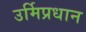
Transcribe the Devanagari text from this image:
उर्मिप्रधान